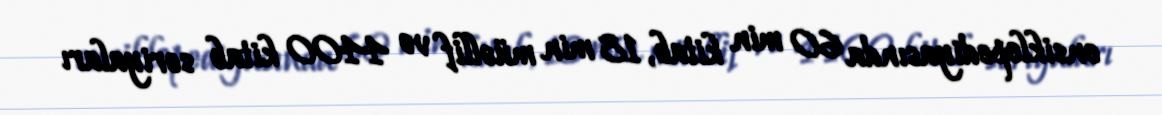
ensiklopediyasında 60 min kitab, 18 min müəllif və 4400 kitab seriyaları